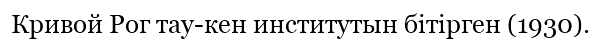
Кривой Рог тау-кен институтын бітірген (1930).